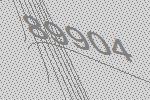
89904